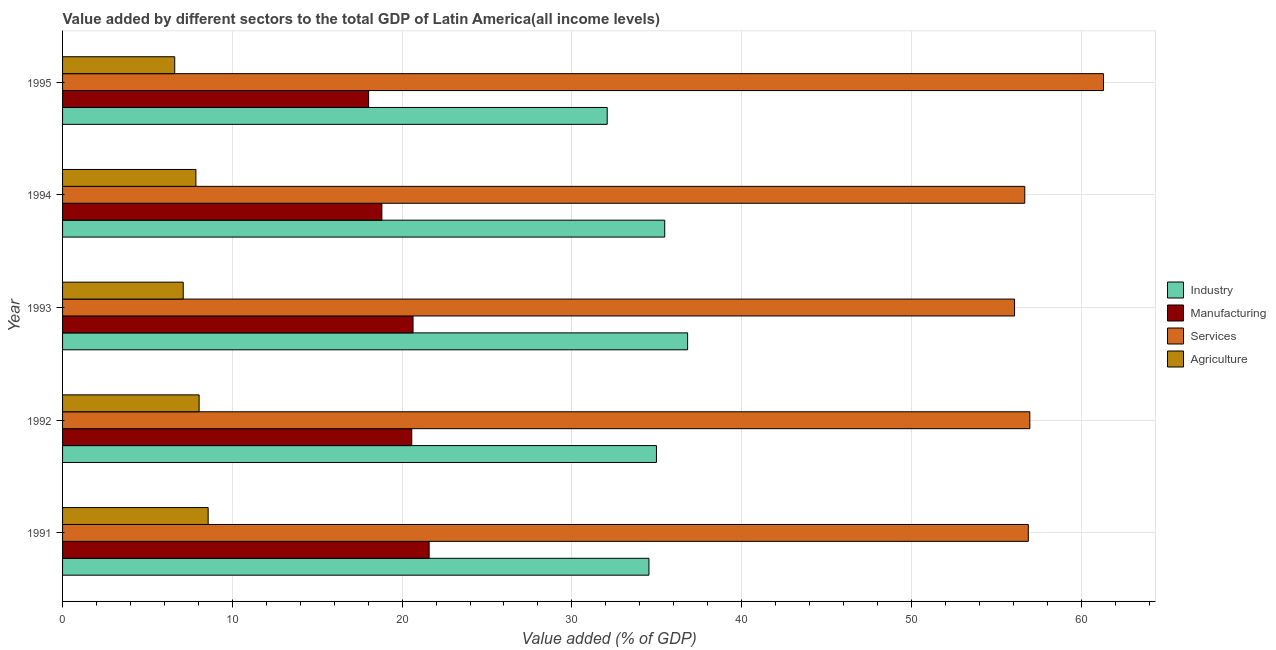
| Year | Industry | Manufacturing | Services | Agriculture |
 | --- | --- | --- | --- | --- |
 | 1991 | 34.5 | 21.6 | 56.9 | 8.58 |
 | 1992 | 35 | 20.6 | 57 | 8.04 |
 | 1993 | 36.8 | 20.6 | 56.1 | 7.11 |
 | 1994 | 35.5 | 18.8 | 56.7 | 7.85 |
 | 1995 | 32.1 | 18 | 61.3 | 6.61 |